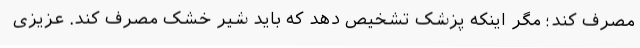
مصرف کند؛ مگر اینکه پزشک تشخیص دهد که باید شیر خشک مصرف کند. عزیزی